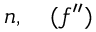
n , \quad ( f ^ { \prime \prime } ) \,